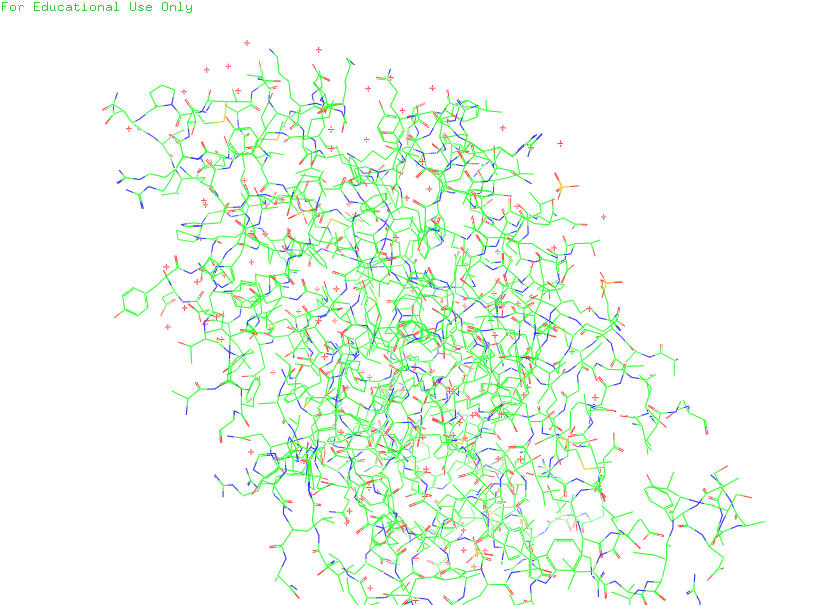
pymol, preset, default